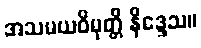
အသမယဝိမုတ္တိ နိဒ္ဒေသ။